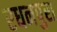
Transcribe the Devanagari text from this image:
रधनपुरा